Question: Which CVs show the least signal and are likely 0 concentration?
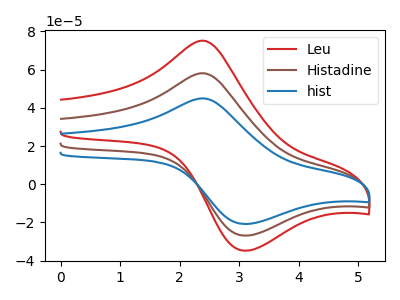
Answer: <think>The red curve "Leu" has an anodic peak at (2.40V, 116.20uA) and a cathodic peak at (3.10V, -53.75uA). The brown curve "Histadine" has an anodic peak at (2.40V, 58.10uA) and a cathodic peak at (3.10V, -26.90uA). The blue curve "hist" has an anodic peak at (2.40V, 44.90uA) and a cathodic peak at (3.10V, -20.80uA).</think>
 <answer>There are not any CV's on this graph that are likely to be blanks.</answer>
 <eval>none</eval>